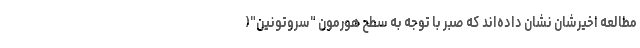
مطالعه اخیرشان نشان داده‌اند که صبر با توجه به سطح هورمون "سروتونین"(